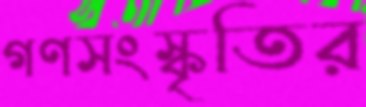
গণসংস্কৃতির